Annual report of the Punjab Veterinary College and of the Civil Veterinary Department, Punjab - 1926-1932
Year: 1926
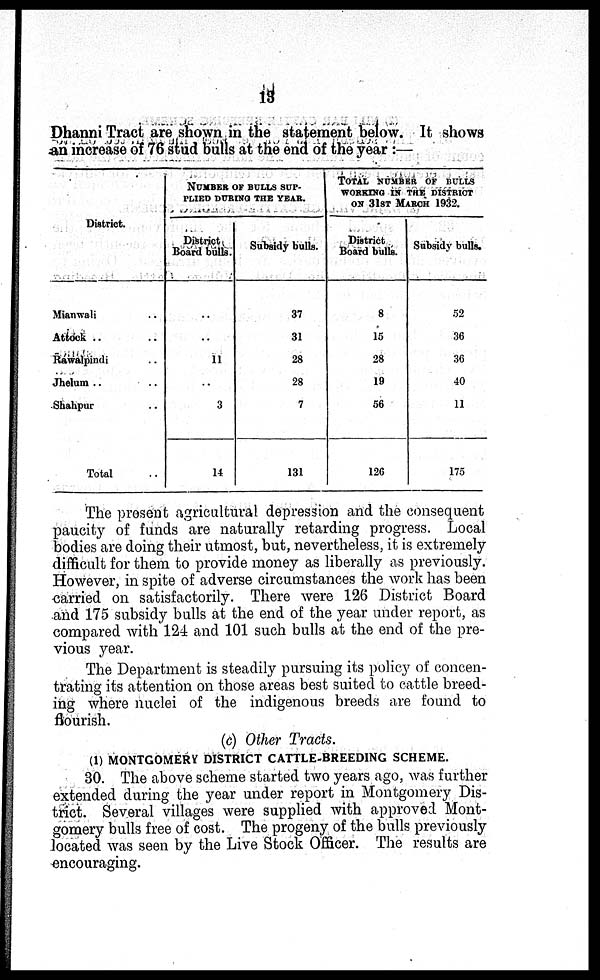
13
Dhanni Tract are shown in the statement below. It shows
an increase of 76 stud bulls at the end of the year :—
District.
Mianwali ..
Attock .. ..
Rawalpindi ..
Jhelum .. ..
Shahpur ..
Total ..
NUMBER OF BULLS SUP-
----- DURING THE YEAR.
District
Board bulls.
..
..
11
..
3
14
Subsidy bulls.
37
31
28
28
7
131
TOTAL NUMBER OF BULLS
WORKING IN THE DISTRICT
ON 31ST MARCH 1932.
District
Board bulls.
8
15
28
19
56
126
Subsidy bulls.
52
36
36
40
11
175
The present agricultural depression and the consequent
paucity of funds are naturally retarding progress. Local
bodies are doing their utmost, but, nevertheless, it is extremely
difficult for them to provide money as liberally as previously.
However, in spite of adverse circumstances the work has been
carried on satisfactorily. There were 126 District Board
and 175 subsidy bulls at the end of the year under report, as
compared with 124 and 101 such bulls at the end of the pre-
vious year.
The Department is steadily pursuing its policy of concen-
trating its attention on those areas best suited to cattle breed-
ing where nuclei of the indigenous breeds are found to
flourish.
(c) Other Tracts.
(1) MONTGOMERY DISTRICT CATTLE-BREEDING SCHEME.
30. The above scheme started two years ago, was further
extended during the year under report in Montgomery Dis-
trict. Several villages were supplied with approved Mont-
gomery bulls free of cost. The progeny of the bulls previously
located was seen by the Live Stock Officer. The results are
encouraging.